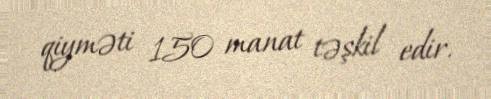
qiyməti 150 manat təşkil edir.